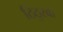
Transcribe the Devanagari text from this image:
ठिठुरवा